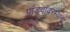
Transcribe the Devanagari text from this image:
पांडवांदरम्यान